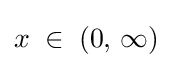
x\;\in \;(0,\,\infty )